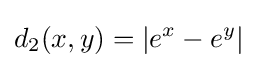
d_{2}(x,y)=\left|e^{x}-e^{y}\right|